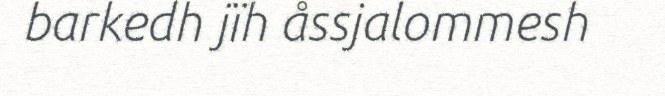
barkedh jïh åssjalommesh